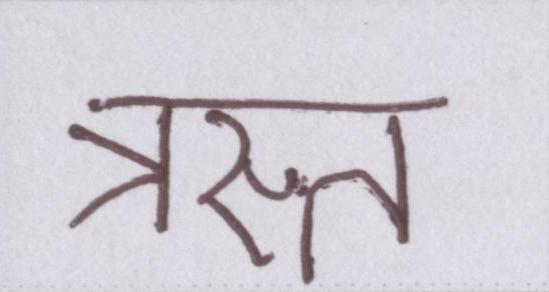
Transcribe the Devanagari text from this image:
त्रस्त